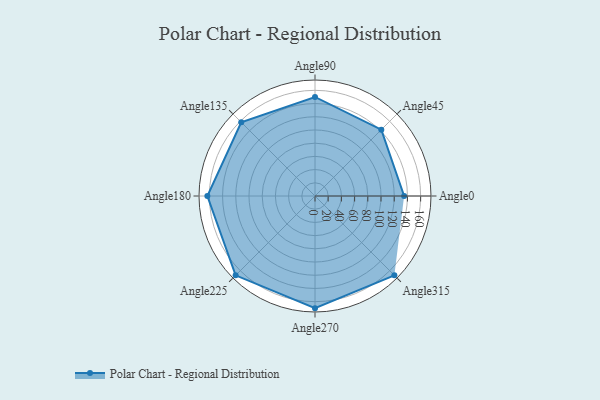
{"axis": {"x": "Angle", "y": "Radius"}, "legend": [""], "data": [{"x": "Angle0", "y": 135.0, "type": ""}, {"x": "Angle45", "y": 142.0, "type": ""}, {"x": "Angle90", "y": 150.0, "type": ""}, {"x": "Angle135", "y": 158.0, "type": ""}, {"x": "Angle180", "y": 163.0, "type": ""}, {"x": "Angle225", "y": 170, "type": ""}, {"x": "Angle270", "y": 170, "type": ""}, {"x": "Angle315", "y": 170, "type": ""}]}